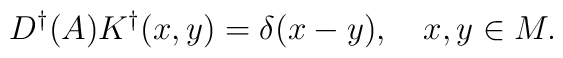
D^{\dagger }(A)K^{\dagger }( x, y)=\delta ( x- y), \quad x,y\in M.